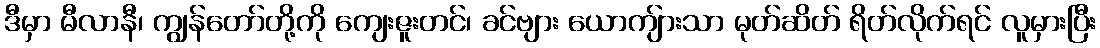
ဒီမှာ မီလာနီ၊ ကျွန်တော်တို့ကို ကျေးဇူးတင်၊ ခင်ဗျား ယောကျ်ားသာ မုတ်ဆိတ် ရိတ်လိုက်ရင် လူမှားပြီး